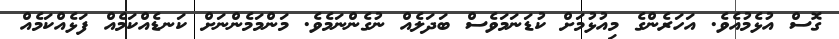
ގޮސް އުޅެމުއެވެ. އަހަރެންގެ މިއުޅުމަށް ކުޑަނަމަވެސް ބަދަލެއް ނުގެންނަމެވެ. މަންމަމެންނަށް ކަނޑެއްކަމެއް ފަޅެއްކަމެއް